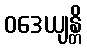
ဝဒေယျန္တိ